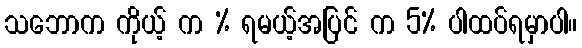
သဘောက ကိုယ့် က % ရမယ့်အပြင် က 5% ပါထပ်ရမှာပါ။